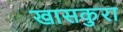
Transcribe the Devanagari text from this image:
खासकुरा